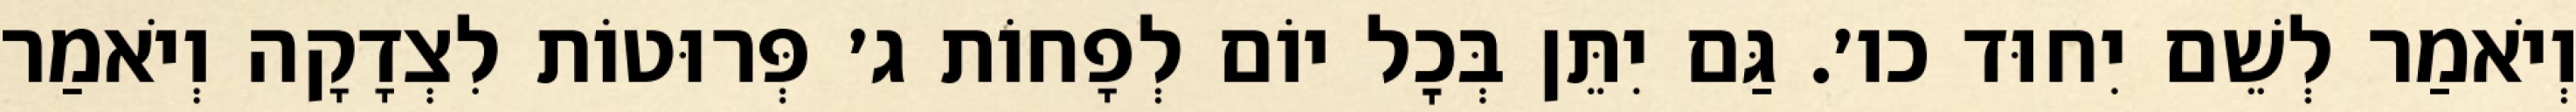
וְיֹאמַר לְשֵׁם יִחוּד כו׳. גַּם יִתֵּן בְּכׇל יוֹם לְפָחוֹת ג׳ פְּרוּטוֹת לִצְדָקָה וְיֹאמַר